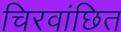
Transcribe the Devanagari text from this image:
चिरवांछित